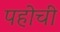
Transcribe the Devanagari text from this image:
पहोची